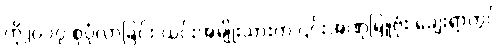
ကို၂၀၁၇ စုပုံလာခြင်း ယင်းအမျိုးသားက ၎င်းအဏုမြူဗုံး ချေးရာတွင်